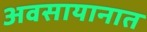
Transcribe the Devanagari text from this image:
अवसायानात